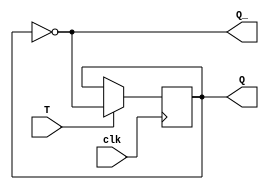
module T_flip_flop (
  input T,
  input clk,
  output reg Q,
  output reg Q_
);

always @(posedge clk) begin
  if (T) begin
    Q <= ~Q;
  end
end

assign Q_ = ~Q;

endmodule